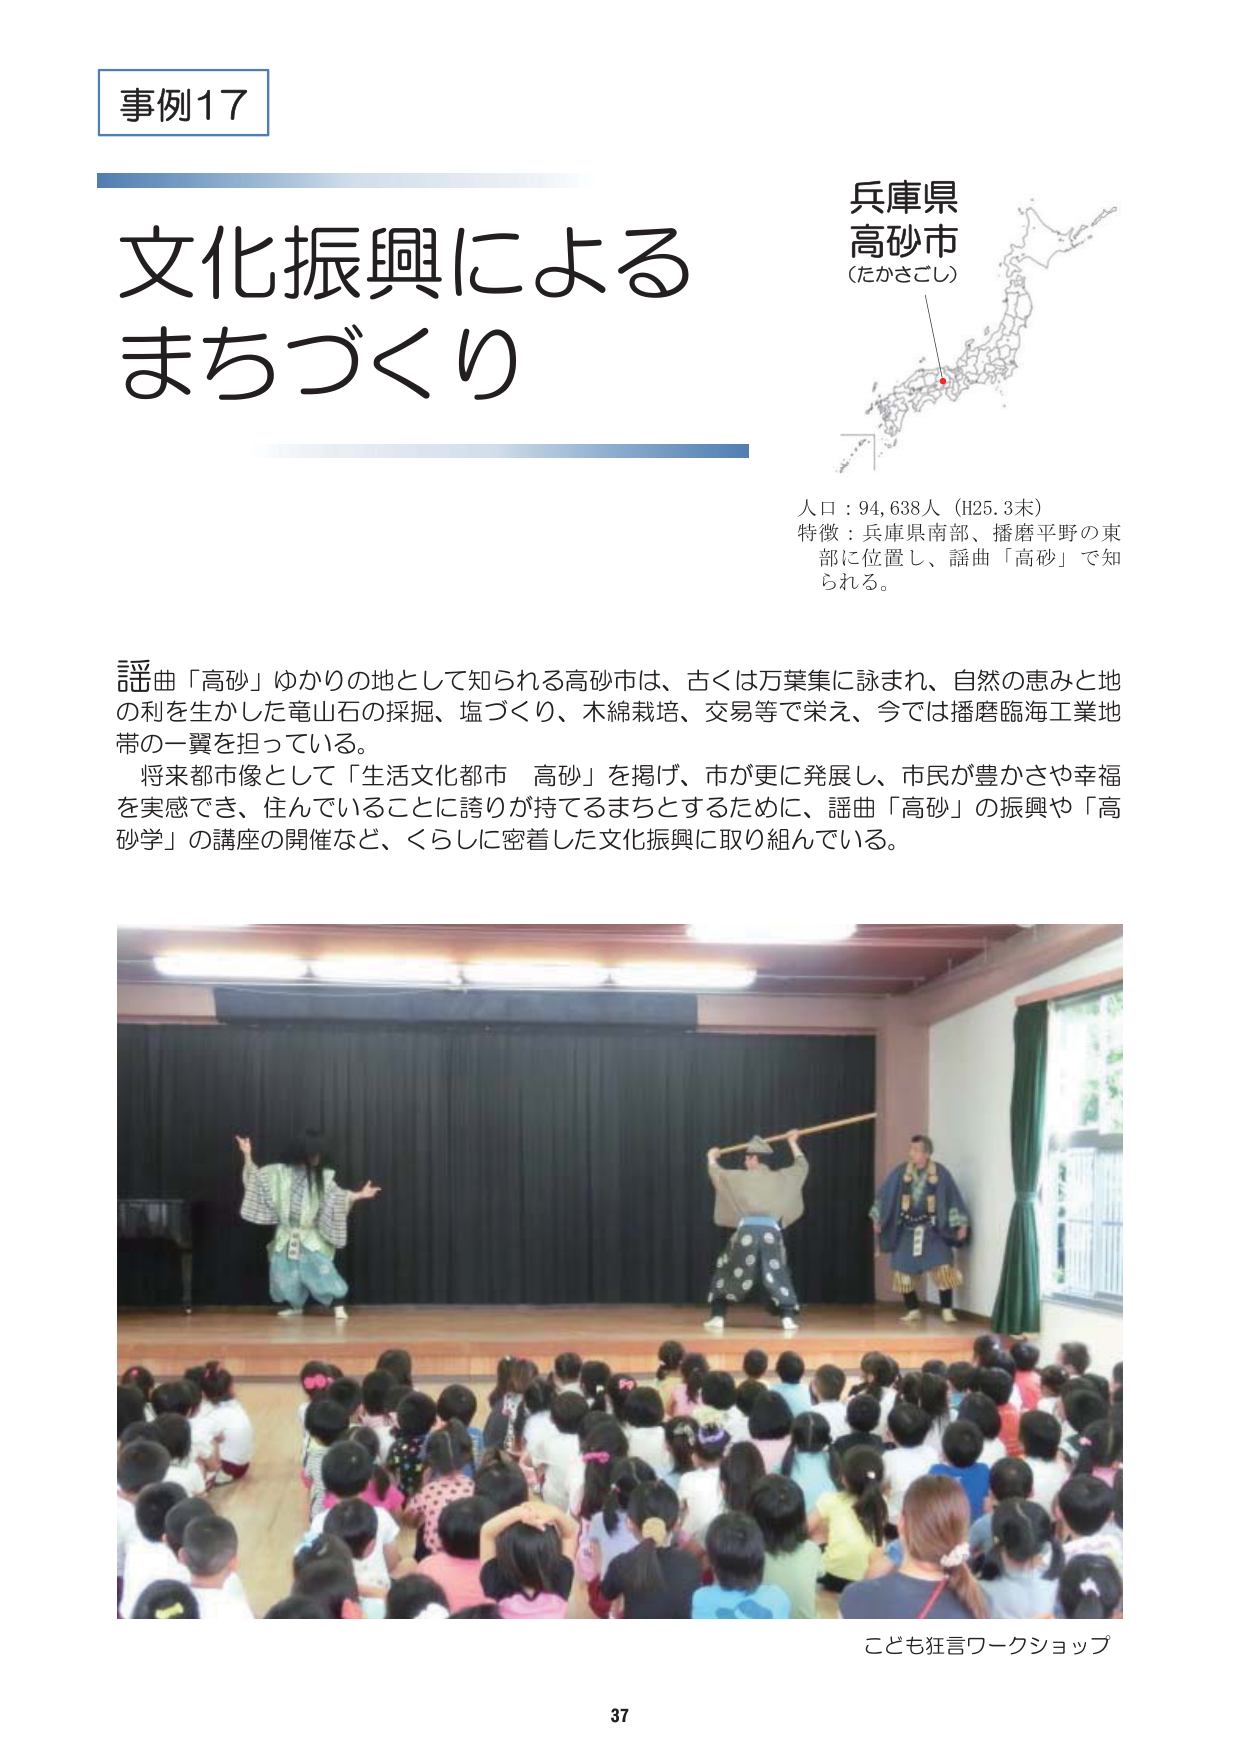
事例17

文化振興による
まちづくり

兵庫県
高砂市
（たかさごし）

人口：94,638人（H25.3末）
特徴：兵庫県南部、播磨平野の東部に位置し、謡曲「高砂」で知られる。

謡曲「高砂」ゆかりの地として知られる高砂市は、古くは万葉集に詠まれ、自然の恵みと地の利を生かした竜山石の採掘、塩づくり、木綿栽培、交易等で栄え、今では播磨臨海工業地帯の一翼を担っている。
将来都市像として「生活文化都市 高砂」を掲げ、市が更に発展し、市民が豊かさや幸福を実感でき、住んでいることに誇りが持てるまちとするために、謡曲「高砂」の振興や「高砂学」の講座の開催など、くらしに密着した文化振興に取り組んでいる。

こども狂言ワークショップ

37